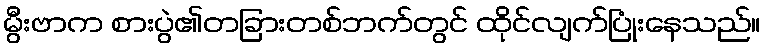
မွီးဗာက စားပွဲ၏တခြားတစ်ဘက်တွင် ထိုင်လျက်ပြုံးနေသည်။